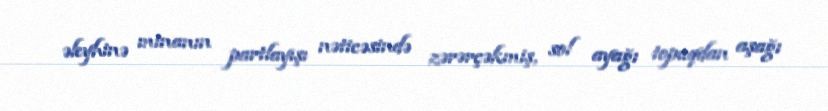
əleyhinə minanın partlayışı nəticəsində zərərçəkmiş, sol ayağı topuqdan aşağı